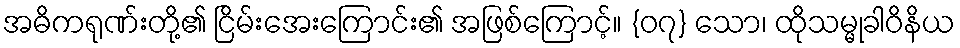
အဓိကရုဏ်းတို့၏ ငြိမ်းအေးကြောင်း၏ အဖြစ်ကြောင့်။ {၀၇} သော၊ ထိုသမ္မုခါဝိနိယ